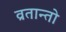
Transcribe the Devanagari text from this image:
व्रतान्तो